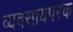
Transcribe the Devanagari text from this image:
व्‍यवसायपरक